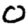
Digit: 0